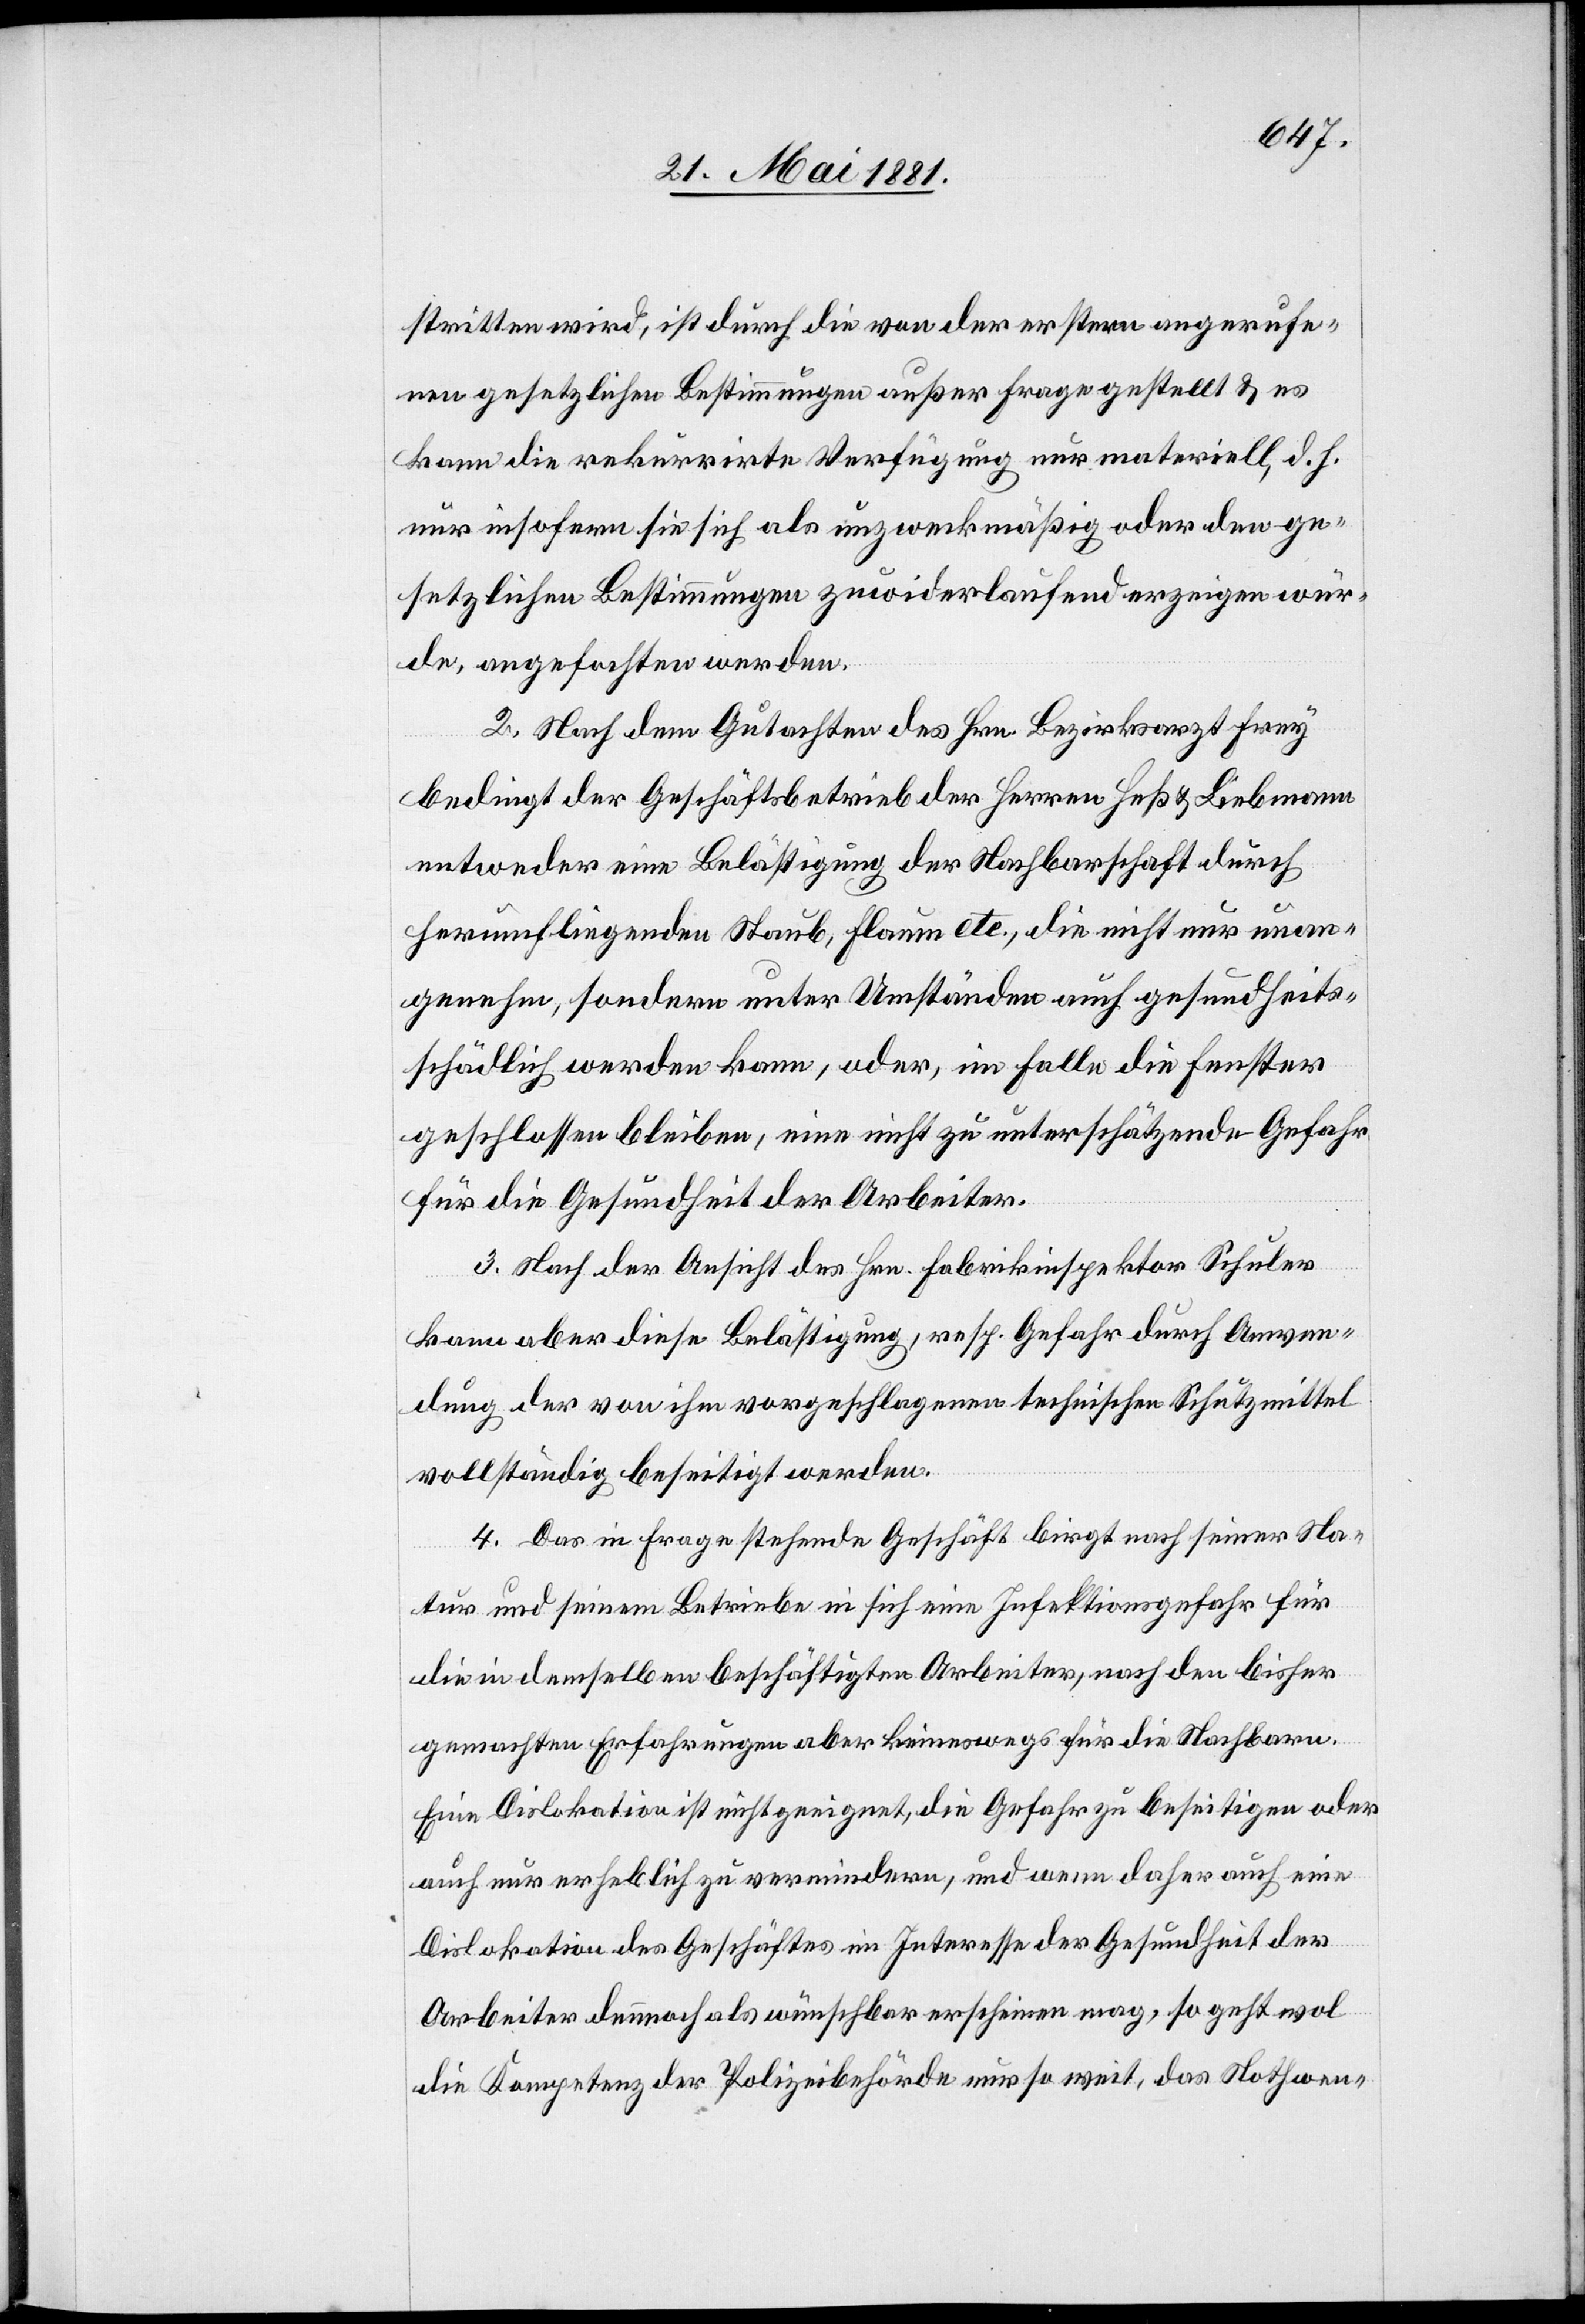
stritten wird, ist durch die von der erstern angerufe¬
nen gesetzlichen Bestimmungen außer Frage gestellt & es
kann die rekurrirte Verfügung nur materiell, d. h.
nur insofern sie sich als unzweckmäßig oder den ge¬
setzlichen Bestimmungen zuwiderlaufend erzeigen wür¬
de, angefochten werden.
2. Nach dem Gutachten des Hrn. Bezirksarzt Frey
bedingt der Geschäftsbetrieb der Herren Heß & Liebmann
entweder eine Belästigung der Nachbarschaft durch
herumfliegenden Staub, Flaum etc., die nicht nur unan¬
genehm, sondern unter Umständen auch gesundheits¬
schädlich werden kann, oder, im Falle die Fenster
geschlossen bleiben, eine nicht zu unterschätzende Gefahr
für die Gesundheit der Arbeiter.
3. Nach der Ansicht des Hrn. Fabrikinspektor Schuler
kann aber diese Belästigung, resp. Gefahr durch Anwen¬
dung der von ihm vorgeschlagenen technischen Schutzmittel
vollständig beseitigt werden.
4. Das in Frage stehende Geschäft birgt nach seiner Na¬
tur und seinem Betriebe in sich eine Infektionsgefahr für
die in demselben beschäftigten Arbeiter, nach den bisher
gemachten Erfahrungen aber keineswegs für die Nachbarn.
Eine Dislokation ist nicht geeignet, die Gefahr zu beseitigen oder
auch nur erheblich zu vermindern, und wenn daher auch eine
Dislokation des Geschäftes im Interesse der Gesundheit der
Arbeiter demnach als wünschbar erscheinen mag, so geht wol
die Kompetenz der Polizeibehörde nur so weit, das Nothwen-